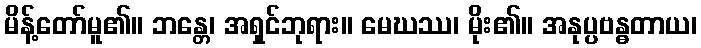
မိန့်တော်မူ၏။ ဘန္တေ၊ အရှင်ဘုရား။ မေဃဿ၊ မိုး၏။ အနုပ္ပဗန္ဓတာယ၊